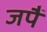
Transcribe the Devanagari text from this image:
जपैं